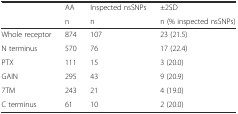
<table><thead><tr><td rowspan="2"></td><td><b>AA</b></td><td><b>Inspected nsSNPs</b></td><td><b>±2SD</b></td></tr><tr><td><b>n</b></td><td><b>n</b></td><td><b>n (% inspected nsSNPs)</b></td></tr></thead><tbody><tr><td>Whole receptor</td><td>874</td><td>107</td><td>23 (21.5)</td></tr><tr><td>N terminus</td><td>570</td><td>76</td><td>17 (22.4)</td></tr><tr><td>PTX</td><td>111</td><td>15</td><td>3 (20.0)</td></tr><tr><td>GAIN</td><td>295</td><td>43</td><td>9 (20.9)</td></tr><tr><td>7TM</td><td>243</td><td>21</td><td>4 (19.0)</td></tr><tr><td>C terminus</td><td>61</td><td>10</td><td>2 (20.0)</td></tr></tbody></table>